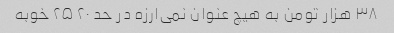
۳۸ هزار تومن به هیچ عنوان نمی‌ارزه در حد ۲۰ ۲۵ خوبه